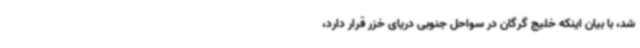
شد، با بیان اینکه خلیج گرگان در سواحل جنوبی دریای خزر قرار دارد،